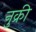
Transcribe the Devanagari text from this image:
नुक्री